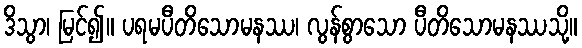
ဒိသွာ၊ မြင်၍။ ပရမပီတိသောမနဿ၊ လွန်စွာသော ပီတိသောမနဿသို့။